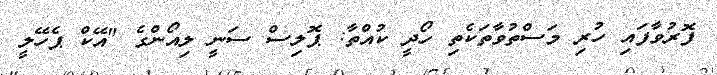
ފޮރުވާފައި ހުރި މަސްތުވާތަކެތި ހޯދީ ކުއްތާ: ޕޮލިސް ސަނީ ލިއޯންގެ "އޭކް ޕެހޭލީ